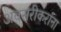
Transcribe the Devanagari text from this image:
अवसरीकरांना